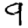
Digit: 9